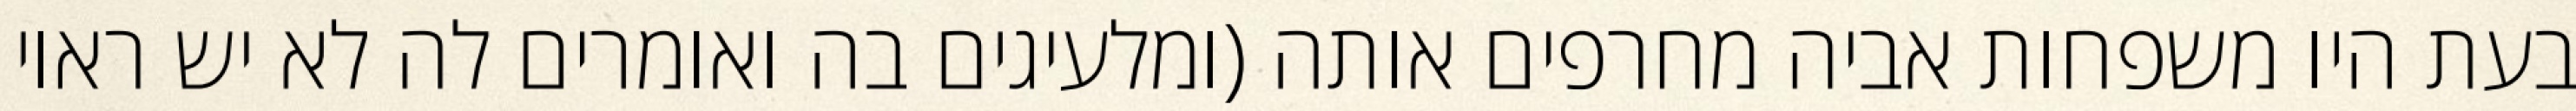
בעת היו משפחות אביה מחרפים אותה (ומלעיגים בה ואומרים לה לא יש ראוי